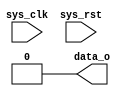

  `timescale 1ns/1ps
//==============================================================================
//
//
//
//
//
//
//
//
//==============================================================================

  module Test_Top (
  
    input    wire    sys_clk ,
    input    wire    sys_rst ,
    output   wire    data_o  
  
  );
//----------------------------

   assign data_o = 1'b0 ;


  endmodule